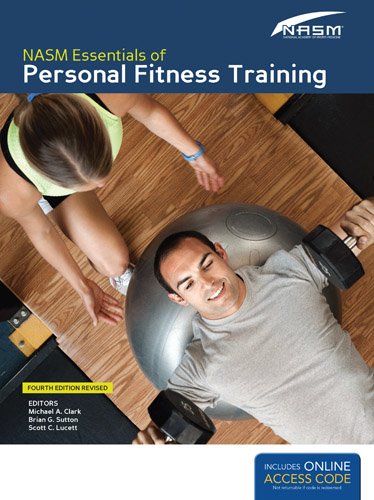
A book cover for NASM Essentials Of Personal Fitness Training: Fourth Edition Revised; National Academy of Sports Medicine (NASM); Education & Teaching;